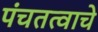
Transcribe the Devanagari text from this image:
पंचतत्वाचे